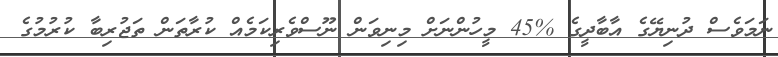
ނަމަވެސް ދުނިޔޭގެ އާބާދީގެ %45 މީހުންނަށް މިނިވަން ނޫސްވެރިކަމެއް ކުރާތަން ތަޖުރިބާ ކުރުމުގެ